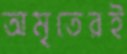
অমৃতেরই